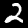
Digit: 2